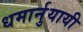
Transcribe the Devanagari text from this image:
धमार्नुयायी